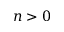
n > 0